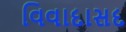
વિવાદાસદ